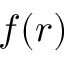
f ( r )